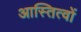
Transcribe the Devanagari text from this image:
आस्तित्वों